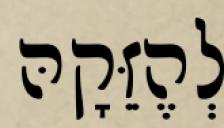
לְהֶזֵּקָהּ